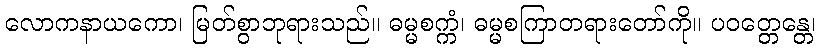
လောကနာယကော၊ မြတ်စွာဘုရားသည်။ ဓမ္မစက္ကံ၊ ဓမ္မစကြာတရားတော်ကို။ ပဝတ္တေန္တေ၊